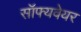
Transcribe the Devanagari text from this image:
सॉफ्यवेयर